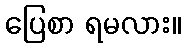
ပြေစာ ရမလား။